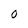
Character: O